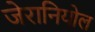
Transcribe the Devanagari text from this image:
जेरानियोल